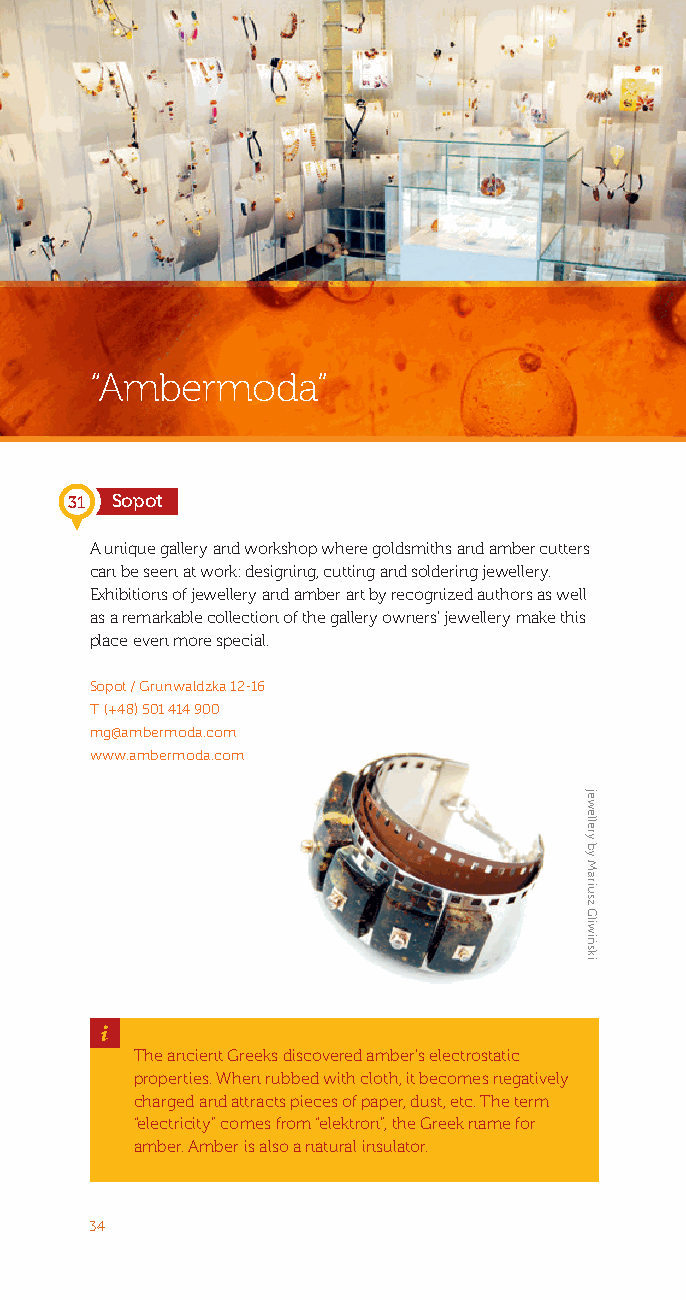
“Ambermoda”
 31 Sopot
 A unique gallery and workshop where goldsmiths and amber cutters
 can be seen at work: designing, cutting and soldering jewellery.
 Exhibitions of jewellery and amber art by recognized authors as well
 as a remarkable collection of the gallery owners’ jewellery make this
 place even more special.
 Sopot / Grunwaldzka 12-16
 T: (+48) 501 414 900
 mg@ambermoda.com
 www.ambermoda.com
 _
 The ancient Greeks discovered amber’s electrostatic
 properties. When rubbed with cloth, it becomes negatively
 charged and attracts pieces of paper, dust, etc. The term
 “electricity” comes from “elektron”, the Greek name for
 amber. Amber is also a natural insulator.
 34
 jewellery
 by
 Mariusz
 Gliwiński